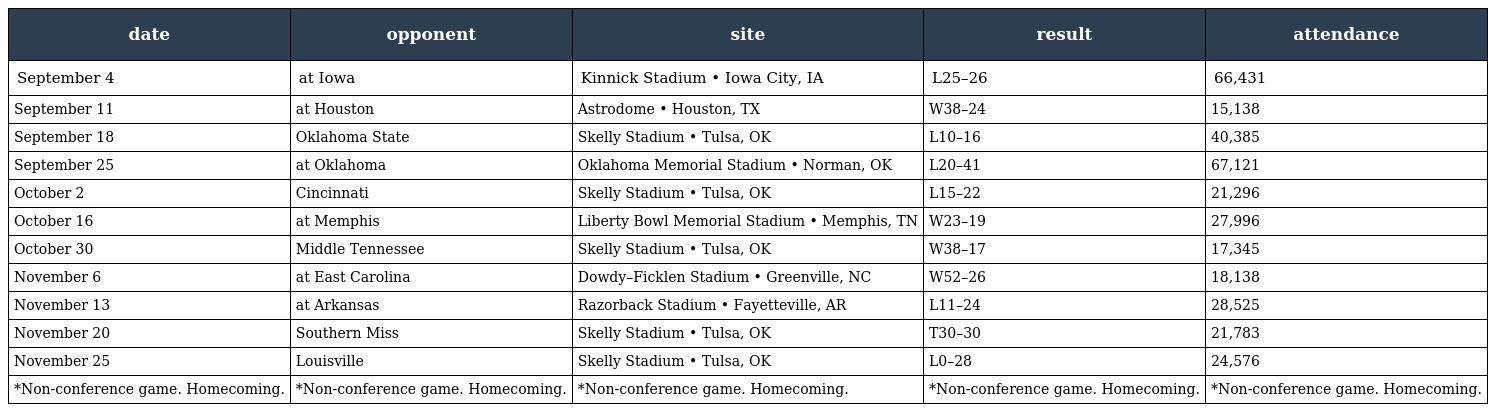
| date | opponent | site | result | attendance |
 | --- | --- | --- | --- | --- |
 | September 4 | at Iowa | Kinnick Stadium • Iowa City, IA | L25–26 | 66,431 |
 | September 11 | at Houston | Astrodome • Houston, TX | W38–24 | 15,138 |
 | September 18 | Oklahoma State | Skelly Stadium • Tulsa, OK | L10–16 | 40,385 |
 | September 25 | at Oklahoma | Oklahoma Memorial Stadium • Norman, OK | L20–41 | 67,121 |
 | October 2 | Cincinnati | Skelly Stadium • Tulsa, OK | L15–22 | 21,296 |
 | October 16 | at Memphis | Liberty Bowl Memorial Stadium • Memphis, TN | W23–19 | 27,996 |
 | October 30 | Middle Tennessee | Skelly Stadium • Tulsa, OK | W38–17 | 17,345 |
 | November 6 | at East Carolina | Dowdy–Ficklen Stadium • Greenville, NC | W52–26 | 18,138 |
 | November 13 | at Arkansas | Razorback Stadium • Fayetteville, AR | L11–24 | 28,525 |
 | November 20 | Southern Miss | Skelly Stadium • Tulsa, OK | T30–30 | 21,783 |
 | November 25 | Louisville | Skelly Stadium • Tulsa, OK | L0–28 | 24,576 |
 | *Non-conference game. Homecoming. | *Non-conference game. Homecoming. | *Non-conference game. Homecoming. | *Non-conference game. Homecoming. | *Non-conference game. Homecoming. |